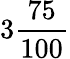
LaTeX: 3{\frac{75}{100}}